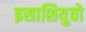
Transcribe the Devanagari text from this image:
इसाशियुवो